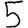
Digit: 5